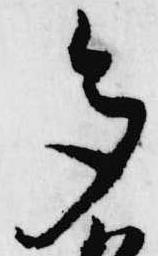
多